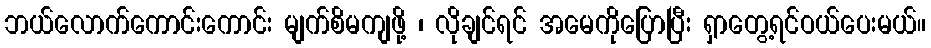
ဘယ်လောက်ကောင်းကောင်း မျက်စိမကျဖို့ ၊ လိုချင်ရင် အမေကိုပြောပြီး ရှာတွေ့ရင်ဝယ်ပေးမယ်။